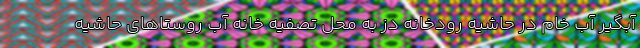
آبگیر آب خام در حاشیه رودخانه دز به محل تصفیه خانه آب روستاهای حاشیه